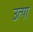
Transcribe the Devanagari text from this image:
उत्पा